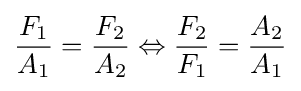
{\frac {F_{1}}{A_{1}}}={\frac {F_{2}}{A_{2}}}\Leftrightarrow {\frac {F_{2}}{F_{1}}}={\frac {A_{2}}{A_{1}}}